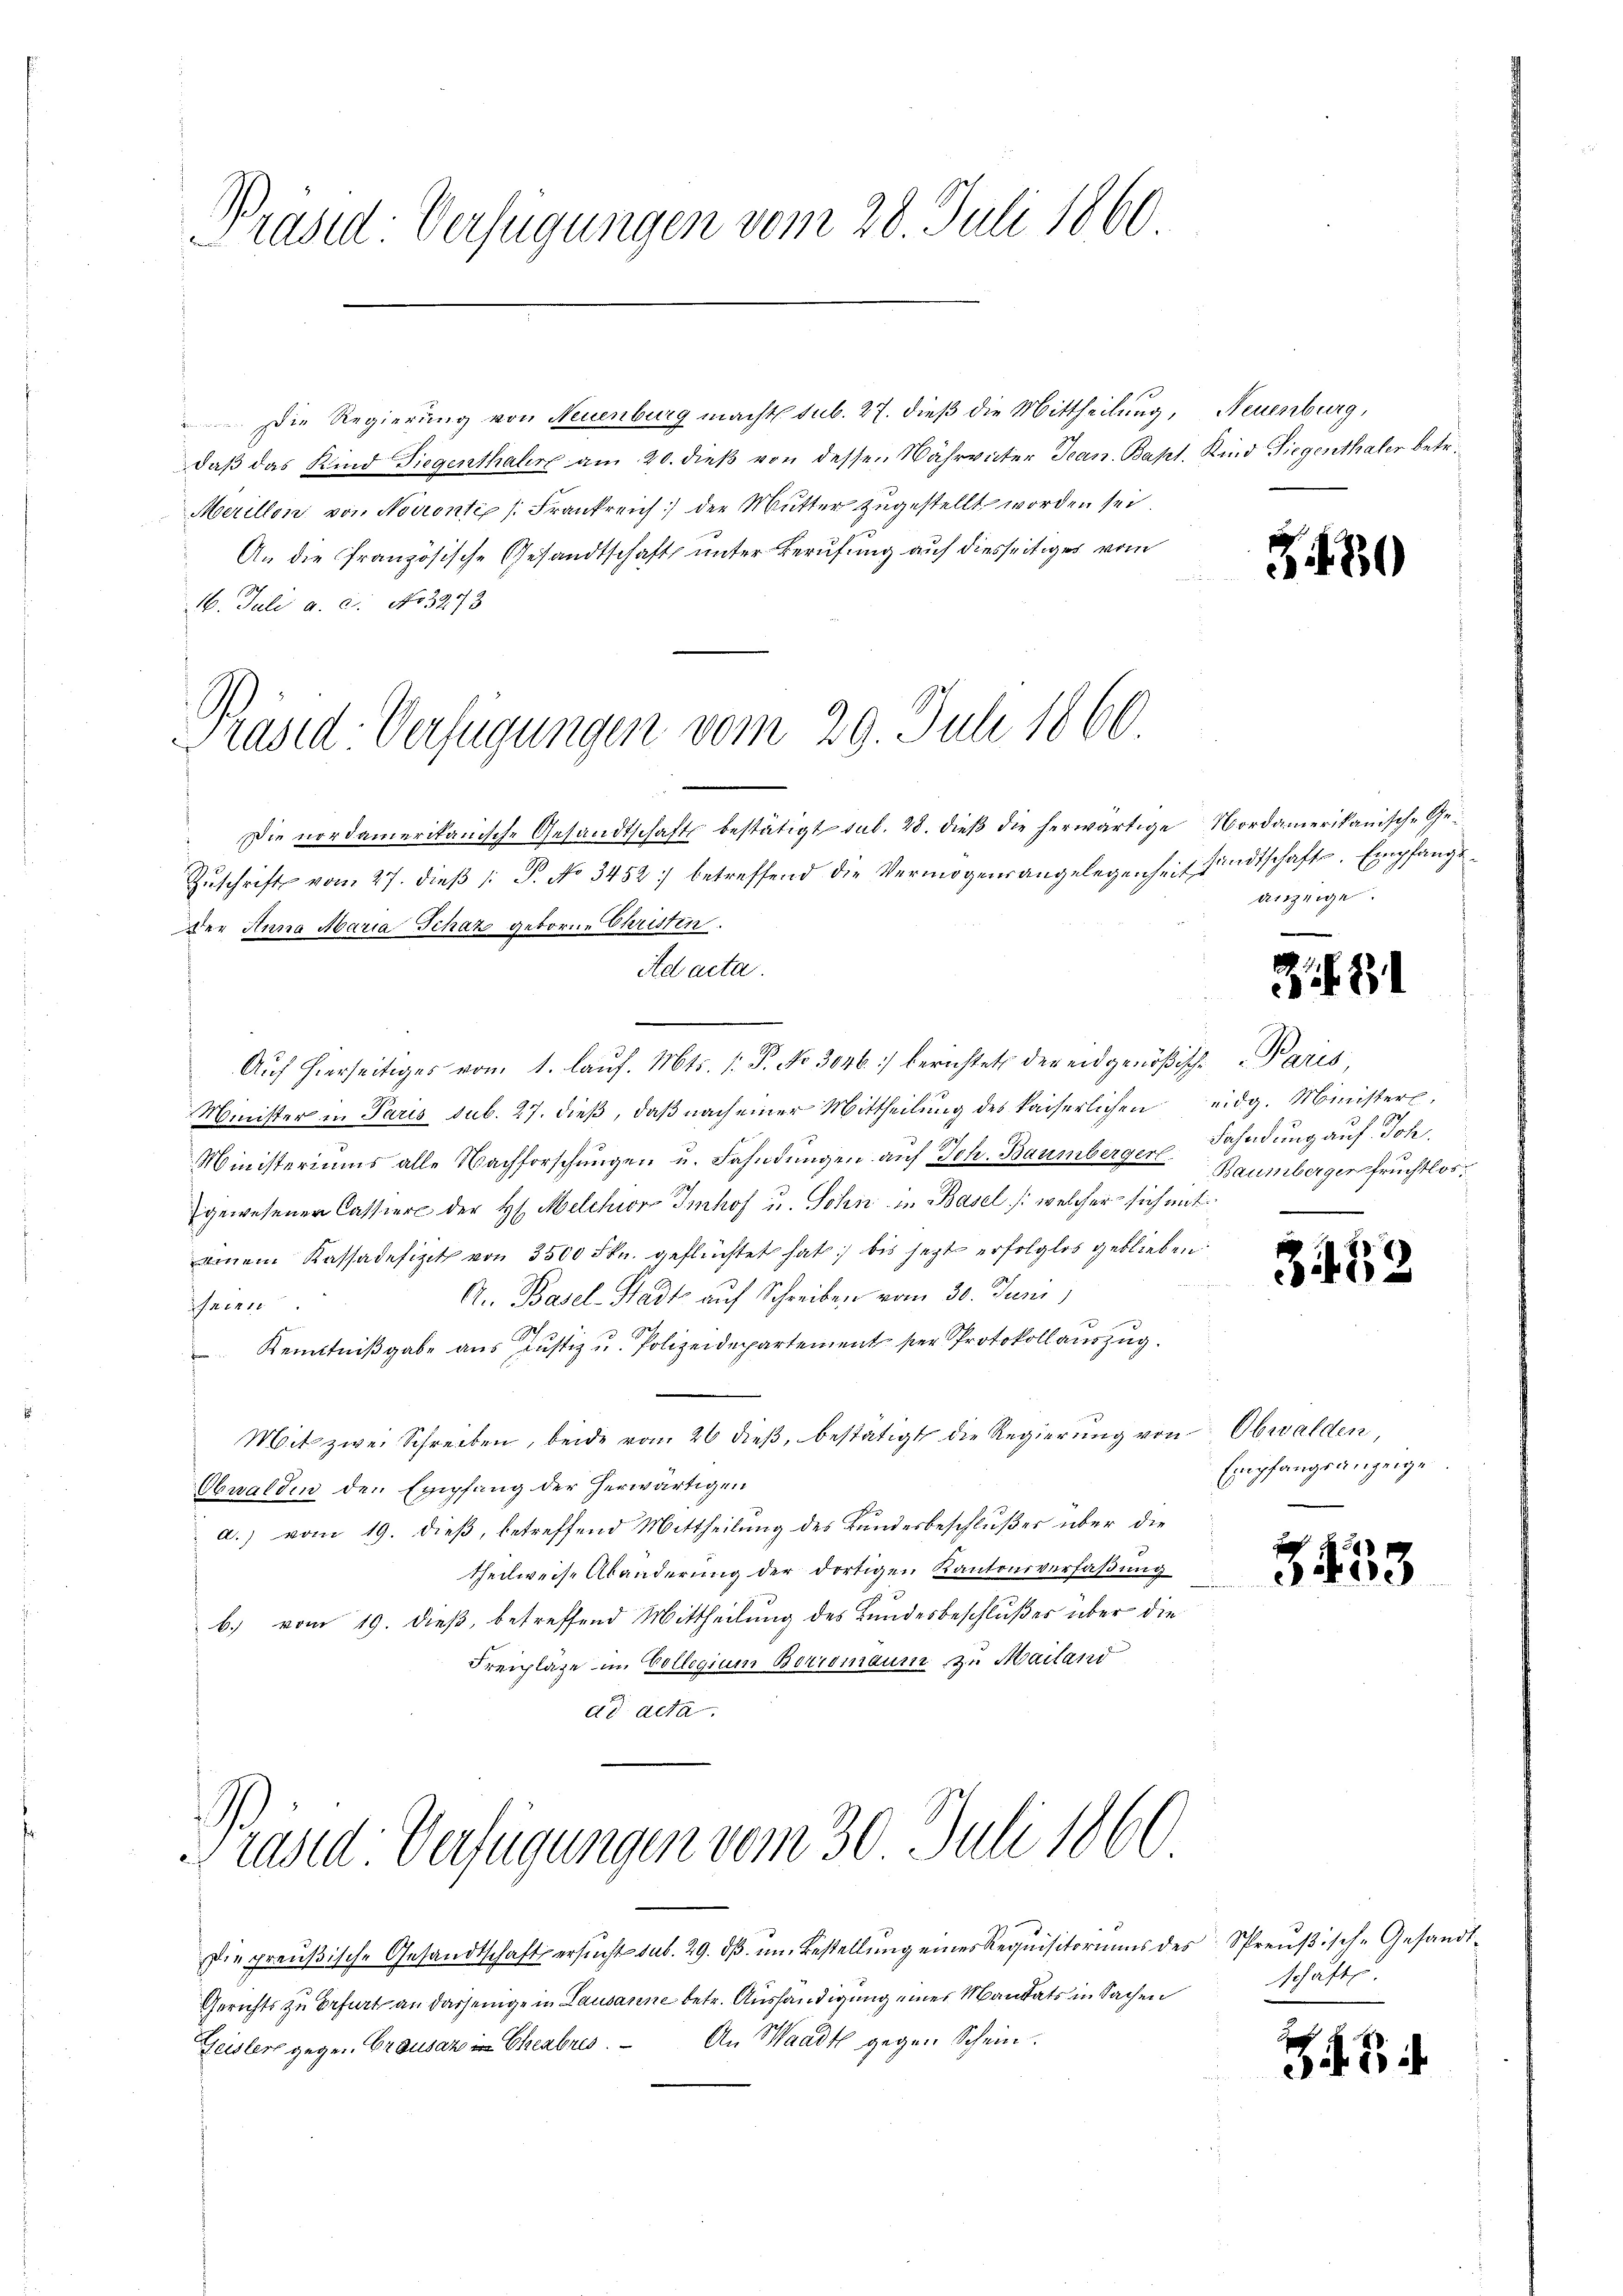
Präsid: Verfügungen vom 28. Juli 1860

Die Regierung von Neuenburg macht sub. 27. dieß die Mittheilung, Neuenburg,
daβ das Kind Siegenthaler am 20. dieβ von dessen Währväter Jean. Bapt. Kind Siegenthaler betr.
Merillon von Novronte Frankreich der Mutter zugestellt worden sei.
An die französische Gesandtschaft unter Berufung auf diesseitiges vom
16. Juli a. c. No 3273

Präsed-Verfügungen vom 29. Juli 1866

Die nordamerikanische Gesandtschafts bestätigt sub. 28. dieß die herwärtige Nordamerikanisch-Ge¬
Zŭschrift vom 27. dieβ (: P. No 3452. betreffend die Vermögensangelegenheit findtschaft. Empfangs-
der Anna Maria Schaz geborne Christen.
Ad acta.
Aŭf hierseitiges von 1. laŭf. Mts. (: P. No 3046) berichtet der eidgenößische Paris
Minister in Paris sub. 27. dieß, daß nach einer Mittheilung des kaiserlichen
Ministeriums alle Nachforschungen u. Fahndungen auf Joh. Baumberger Fahndung auf Joh.
gewesener Cassiere der H. Melchior Imhof u. Sohn in Basel /: welcher sich mit
einem Kassadefizit von 3500 Fkn. geflüchtet hat bis jetzt erfolglos geblieben
A. Basel-Stadt auf Schreiben vom 30. Juni,
J.M. 1810
 Kenntnißgabe aus Justiz u. Polizeidepartement per Protokollauszug.
Mit zwei Schreiben, beide vom 26 dieß, bestätigt die Regierung von Obwalden,
Obwalden den Empfang der herwärtigen
 a.) vom 19. dieß, betreffend Mittheilung des Bundesbeschlußes über die
theilweise Abänderung der dortigen Kantonsverfaßung
b. vom 19. dieß, betreffend Mittheilung des Bundesbeschlußes über die
Freipläge im Collegium Borromaum zu Mailand
dd acta.

Präsid Verfügungen vom 30. Juli 1860

Die preußische Gesandtschaft ersucht sub. 29. dβ im Bestellung eines Requisitoriums des Spreußische Gesandt-
Gerichts zu befurt an dasjenige in Lausanne betr. Aushändigung eines Mandats in Sachen
Geidler gegen Crousaz in Eheabres. An Waadt gegen Schein.

Z 30

anzeige.

.

35

Zi

21

eidg. Minister,
Baumbergerpfruchtlos

Empfangsanzeige

schaft.

Z 3

33